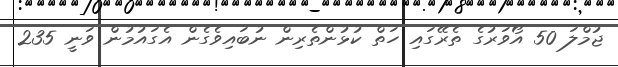
ޖުމްލަ 50 އޯވަރުގެ ތެރޭގައި ހަތް ކުުޅުންތެރިން ނުބައިވެގެން އެގައުމުން ވަނީ 235